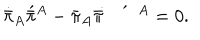
\dot { \bar { \pi } } _ { A } \acute { \bar { \pi } } { } ^ { A } - \bar { \pi } _ { A } \bar { \pi } \! \! \dot { \vphantom { \bar { \pi } } } \hspace { 1 . 6 e x } \acute { \vphantom { \bar { \pi } } } \, \, \, { } ^ { A } = 0 .